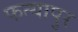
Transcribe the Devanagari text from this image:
फत्यापुर